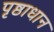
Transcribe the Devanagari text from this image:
पृष्ठाधान